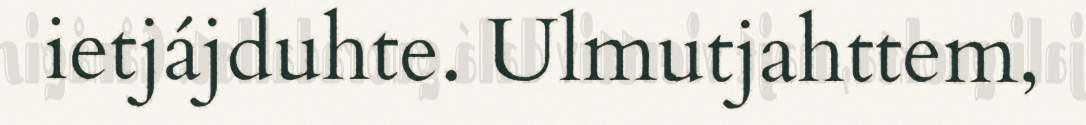
ietjájduhte. Ulmutjahttem,